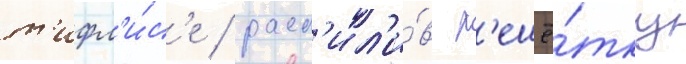
т'ифл'и́с'е / расп'ил'и́в р'ешё́тку